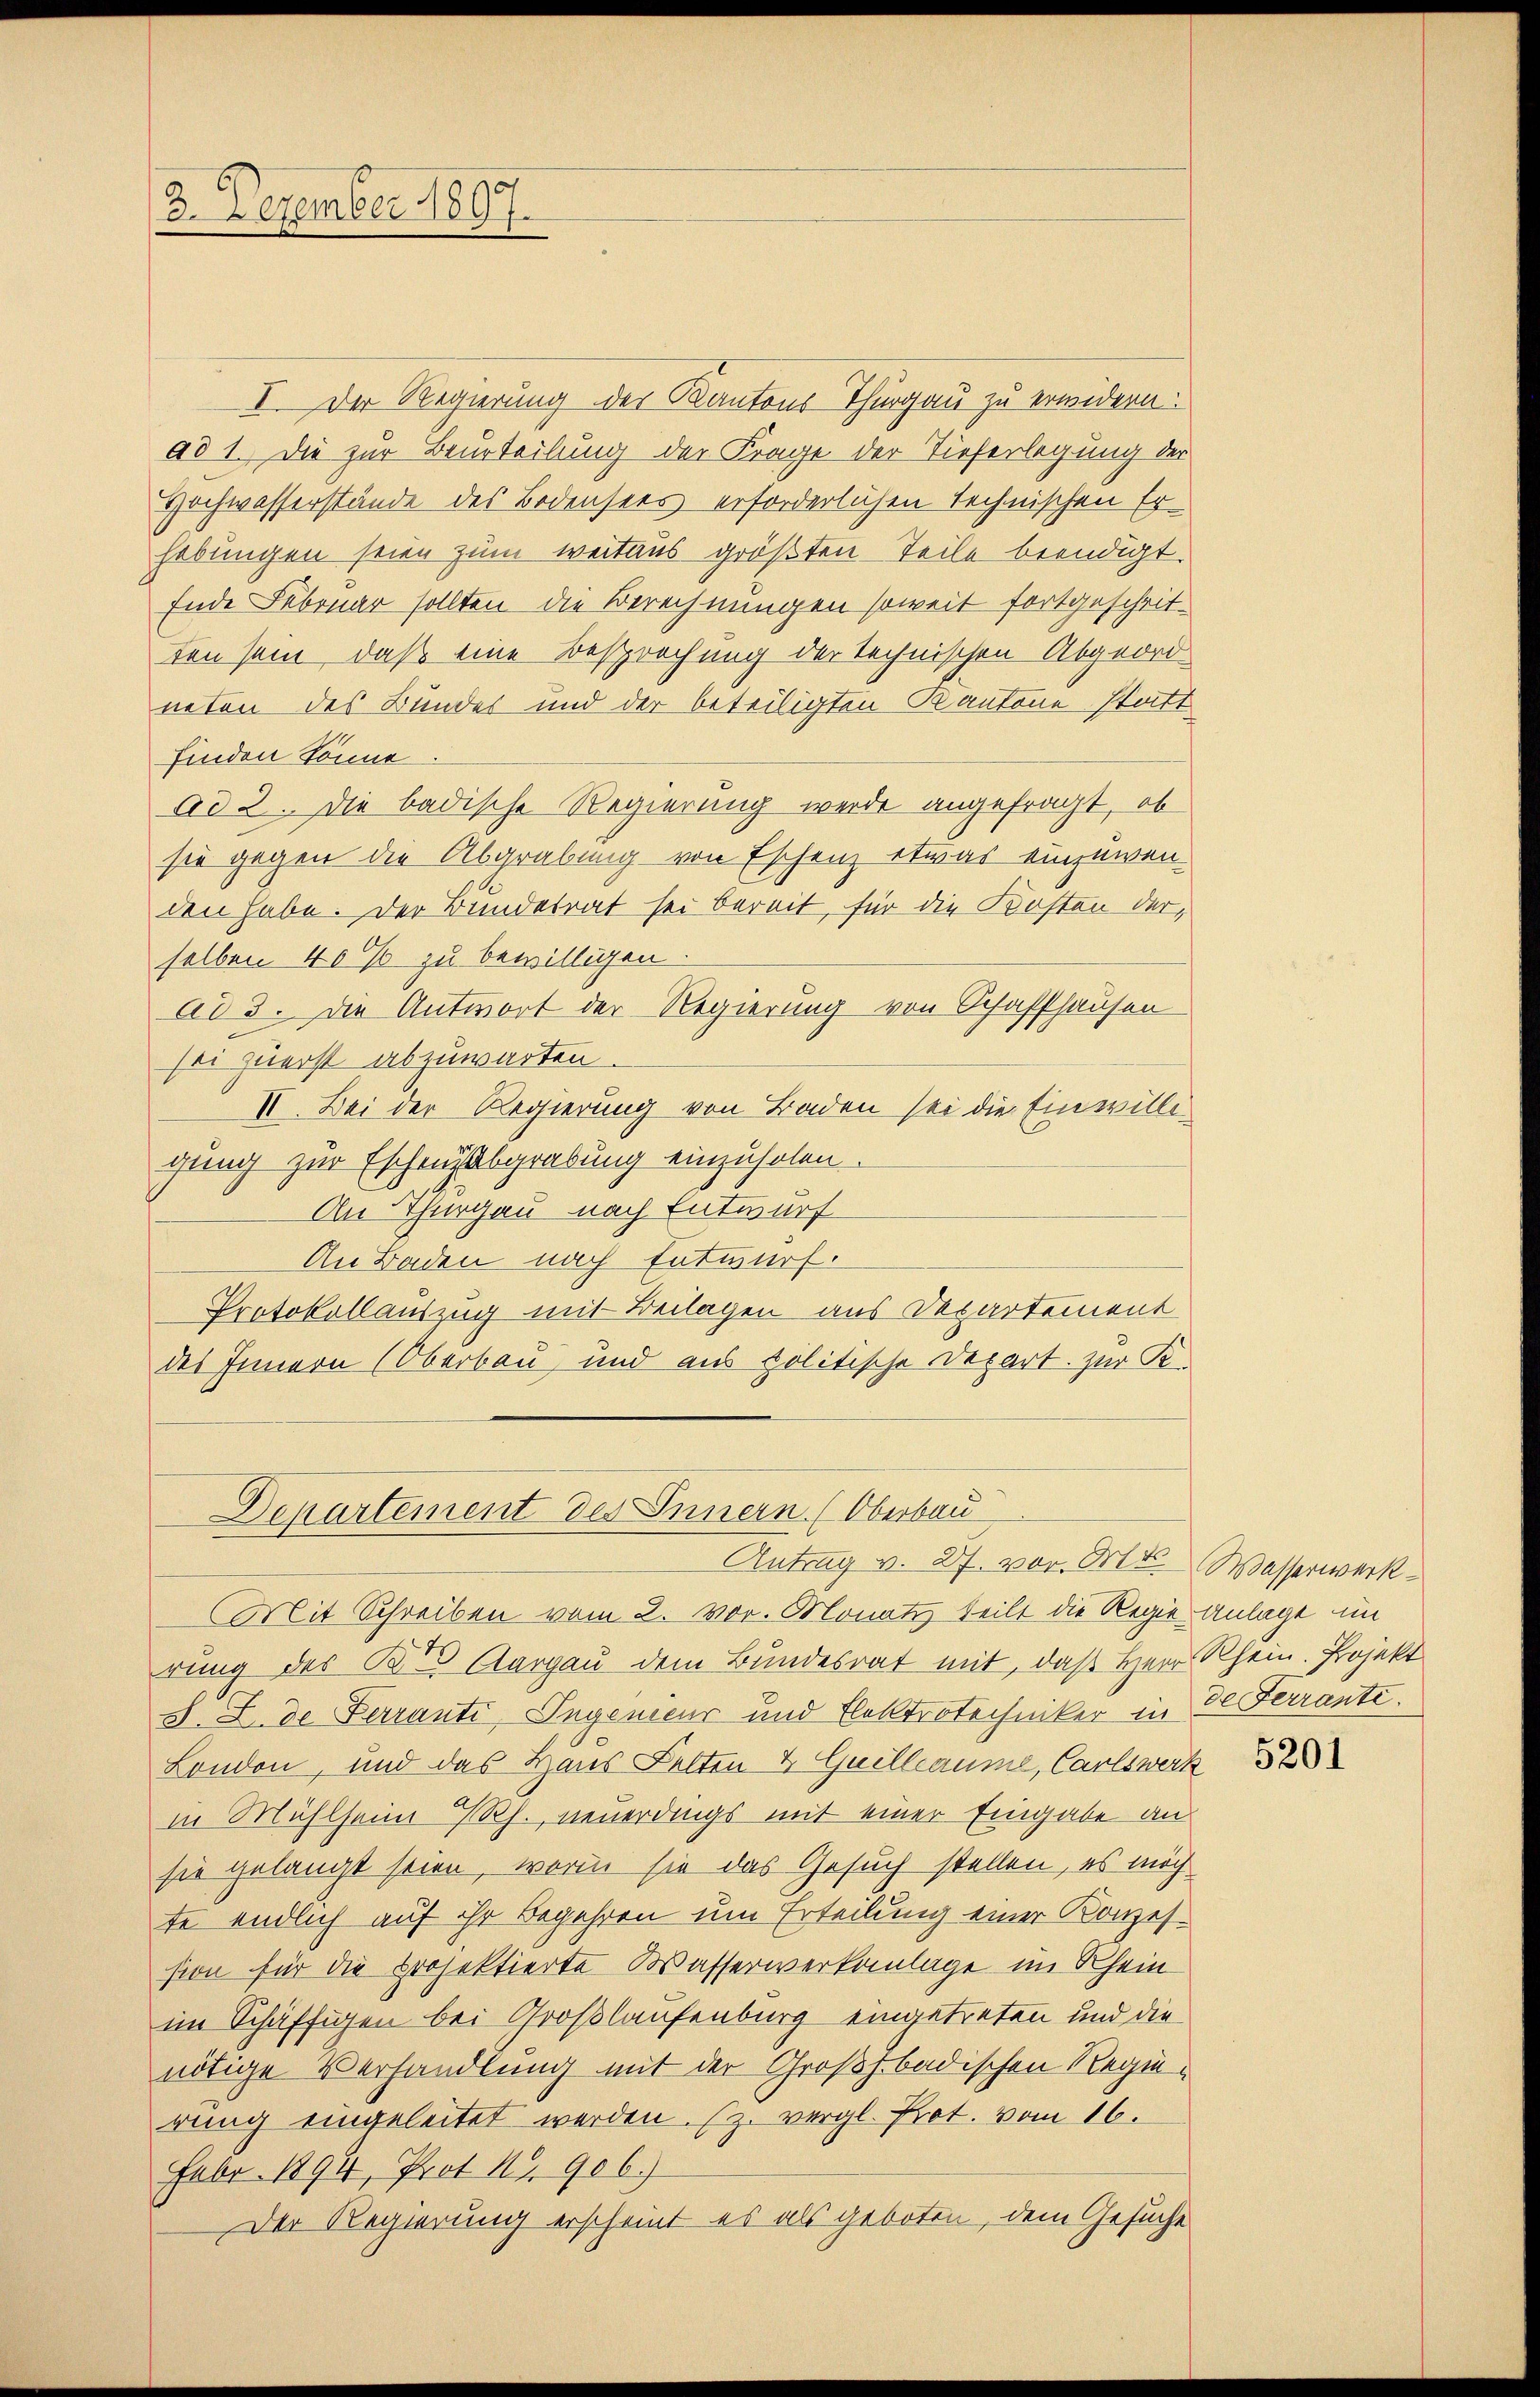
3. Dezember 1897.

Departement des Innern. (Oberbau
Antrag v. 27. vor. Mts. Wasserwerk¬

Mit Schreiben vom 2. vor. Monatz teilt die Regie anlage im
rung des B. Aargau dem Bundesrat mit, daß Herr Rhein. Projekt
S. S. de Ferranti, Ingenieur und Elektrotechniker in de Ferrante.
London, und das Haus Kelten & Guillaume, Carlswerk
in Mühlheim Rh., neuerdings mit einer Eingabe an
sie gelangt seien, worin sie das Gesuch stellen, es möch
te endlich auf ihr Begehren um Erteilung einer Konzession für die Projektierte Wasserwerkanlage im Rhein
im Schäftigen bei Großlaufenburg eingetreten und dienötige Verhandlung mit der Großhbadischen Regierung eingeleitet werden. (z. vergl. Prot. vom 16.
Febr. 1894, Prot. Nr. 906.)
Der Regierung erscheint es als geboten, dem Gesuche

I. Der Regierung der Kantons Thurgau zu erwidern:
ad 1. Die zur Beurteilung der Frage der Tieferlegung der
Hochwasserstände des Bodensees erforderlichen technischen Erhebungen seien zum weitaus größten Teile beendigt.
Ende Februar sollten die Berechnungen soweit fortgeschritten sein, daß eine Besprechung der technischen Abgeord
neten des Bundes und der beteiligten Kantone statt
finden könne
Ad 2. Die badische Regierung werde angefragt, ob
sie gegen die Abgrabung von Eschenz etwas einzuwen-
den habe. Der Bundesrat sei bereit, für die Kosten derselben 400% zu bewilligen.
ad 3. Die Antwort der Regierung von Schaffhausen
sei zuerst abzuwarten.
II. Bei der Regierung von Baden sei die Einwille
gung zur Eschenzabgrabung einzuholen.
An Thurgau nach Entwurf
An Baden nach Entwurf.
Protokollauszug mit Beilagen aus Departement
des Innern (Oberbau und aus politische Depart. zur K.

5201